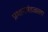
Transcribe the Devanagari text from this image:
प्रधानमंडळाला